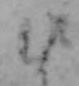
む